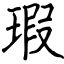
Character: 瑕